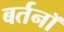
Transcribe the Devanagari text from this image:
बर्तनॉ